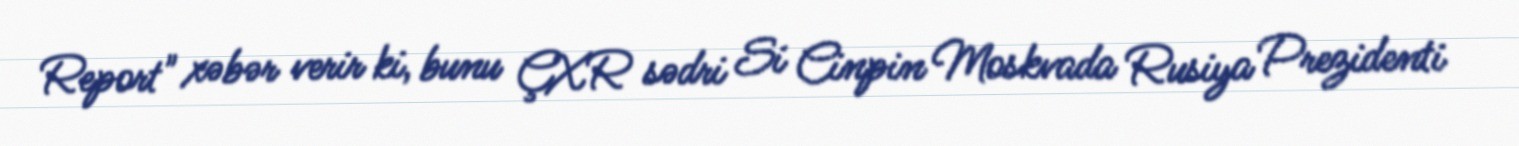
Report" xəbər verir ki, bunu ÇXR sədri Si Cinpin Moskvada Rusiya Prezidenti